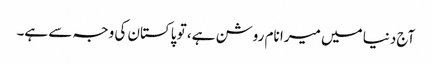
آج دنیا میں میرا نام روشن ہے، تو پاکستان کی وجہ سے ہے۔